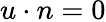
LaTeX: u\cdot n=0